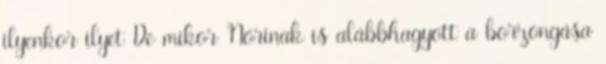
ilyenkor ilyet De mikor Nórinak is alábbhagyott a borzongása